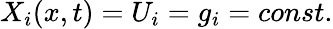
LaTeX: X_{i}(x,t)=U_{i}=g_{i}=const.